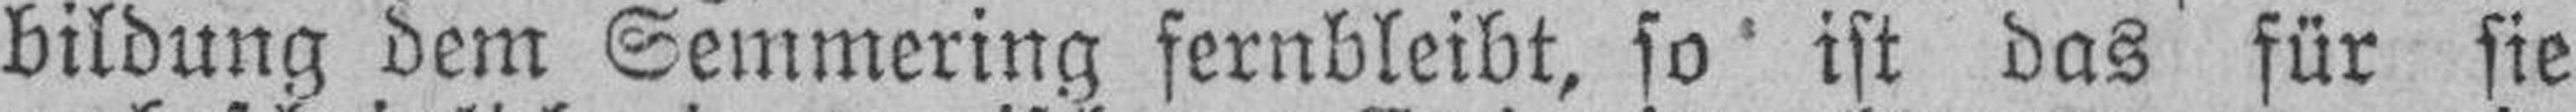
bildung dem Semmering fernbleibt, so ist das für sie